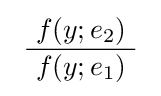
\ {\frac {\ f(y;e_{2})\ }{f(y;e_{1})}}\